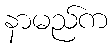
နာမည်က